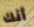
أنك